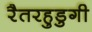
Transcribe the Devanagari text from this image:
रैतरहुडुगी